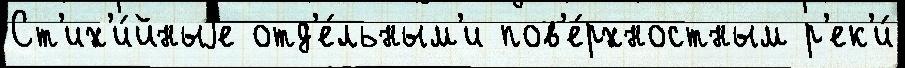
Ст'их'и́йныjе отд'е́льным'и пов'е́рхностным р'ек'и́